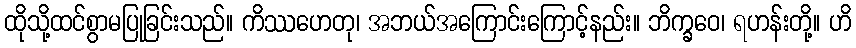
ထိုသို့ထင်စွာမပြုခြင်းသည်။ ကိဿဟေတု၊ အဘယ်အကြောင်းကြောင့်နည်း။ ဘိက္ခဝေ၊ ရဟန်းတို့။ ဟိ